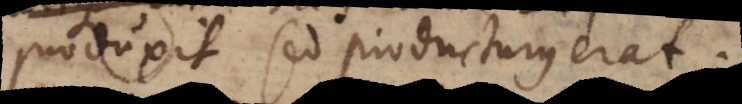
produxit sed producturus erat.